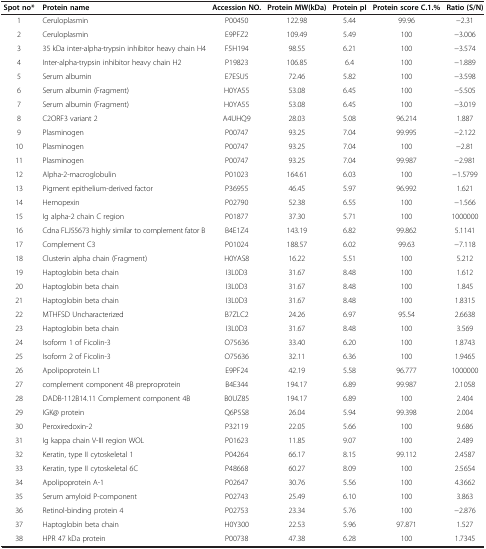
<table><thead><tr><td><b>Spot no*</b></td><td><b>Protein name</b></td><td><b>Accession NO.</b></td><td><b>Protein MW(kDa)</b></td><td><b>Protein pI</b></td><td><b>Protein score C.1.%</b></td><td><b>Ratio (S/N)</b></td></tr></thead><tbody><tr><td>1</td><td>Ceruloplasmin</td><td>P00450</td><td>122.98</td><td>5.44</td><td>99.96</td><td>-2.31</td></tr><tr><td>2</td><td>Ceruloplasmin</td><td>E9PFZ2</td><td>109.49</td><td>5.49</td><td>100</td><td>-3.006</td></tr><tr><td>3</td><td>35 kDa inter-alpha-trypsin inhibitor heavy chain H4</td><td>F5H194</td><td>98.55</td><td>6.21</td><td>100</td><td>-3.574</td></tr><tr><td>4</td><td>Inter-alpha-trypsin inhibitor heavy chain H2</td><td>P19823</td><td>106.85</td><td>6.4</td><td>100</td><td>-1.889</td></tr><tr><td>5</td><td>Serum albumin</td><td>E7ESU5</td><td>72.46</td><td>5.82</td><td>100</td><td>-3.598</td></tr><tr><td>6</td><td>Serum albumin (Fragment)</td><td>H0YA55</td><td>53.08</td><td>6.45</td><td>100</td><td>-5.505</td></tr><tr><td>7</td><td>Serum albumin (Fragment)</td><td>H0YA55</td><td>53.08</td><td>6.45</td><td>100</td><td>-3.019</td></tr><tr><td>8</td><td>C2ORF3 variant 2</td><td>A4UHQ9</td><td>28.03</td><td>5.08</td><td>96.214</td><td>1.887</td></tr><tr><td>9</td><td>Plasminogen</td><td>P00747</td><td>93.25</td><td>7.04</td><td>99.995</td><td>-2.122</td></tr><tr><td>10</td><td>Plasminogen</td><td>P00747</td><td>93.25</td><td>7.04</td><td>100</td><td>-2.81</td></tr><tr><td>11</td><td>Plasminogen</td><td>P00747</td><td>93.25</td><td>7.04</td><td>99.987</td><td>-2.981</td></tr><tr><td>12</td><td>Alpha-2-macroglobulin</td><td>P01023</td><td>164.61</td><td>6.03</td><td>100</td><td>-1.5799</td></tr><tr><td>13</td><td>Pigment epithelium-derived factor</td><td>P36955</td><td>46.45</td><td>5.97</td><td>96.992</td><td>1.621</td></tr><tr><td>14</td><td>Hemopexin</td><td>P02790</td><td>52.38</td><td>6.55</td><td>100</td><td>-1.566</td></tr><tr><td>15</td><td>Ig alpha-2 chain C region</td><td>P01877</td><td>37.30</td><td>5.71</td><td>100</td><td>1000000</td></tr><tr><td>16</td><td>Cdna FLJ55673 highly similar to complement fator B</td><td>B4E1Z4</td><td>143.19</td><td>6.82</td><td>99.862</td><td>5.1141</td></tr><tr><td>17</td><td>Complement C3</td><td>P01024</td><td>188.57</td><td>6.02</td><td>99.63</td><td>-7.118</td></tr><tr><td>18</td><td>Clusterin alpha chain (Fragment)</td><td>H0YAS8</td><td>16.22</td><td>5.51</td><td>100</td><td>5.212</td></tr><tr><td>19</td><td>Haptoglobin beta chain</td><td>I3L0D3</td><td>31.67</td><td>8.48</td><td>100</td><td>1.612</td></tr><tr><td>20</td><td>Haptoglobin beta chain</td><td>I3L0D3</td><td>31.67</td><td>8.48</td><td>100</td><td>1.845</td></tr><tr><td>21</td><td>Haptoglobin beta chain</td><td>I3L0D3</td><td>31.67</td><td>8.48</td><td>100</td><td>1.8315</td></tr><tr><td>22</td><td>MTHFSD Uncharacterized</td><td>B7ZLC2</td><td>24.26</td><td>6.97</td><td>95.54</td><td>2.6638</td></tr><tr><td>23</td><td>Haptoglobin beta chain</td><td>I3L0D3</td><td>31.67</td><td>8.48</td><td>100</td><td>3.569</td></tr><tr><td>24</td><td>Isoform 1 of Ficolin-3</td><td>O75636</td><td>33.40</td><td>6.20</td><td>100</td><td>1.8743</td></tr><tr><td>25</td><td>Isoform 2 of Ficolin-3</td><td>O75636</td><td>32.11</td><td>6.36</td><td>100</td><td>1.9465</td></tr><tr><td>26</td><td>Apolipoprotein L1</td><td>E9PF24</td><td>42.19</td><td>5.58</td><td>96.777</td><td>1000000</td></tr><tr><td>27</td><td>complement component 4B preproprotein</td><td>B4E344</td><td>194.17</td><td>6.89</td><td>99.987</td><td>2.1058</td></tr><tr><td>28</td><td>DADB-112B14.11 Complement component 4B</td><td>B0UZ85</td><td>194.17</td><td>6.89</td><td>100</td><td>2.404</td></tr><tr><td>29</td><td>IGK@ protein</td><td>Q6P5S8</td><td>26.04</td><td>5.94</td><td>99.398</td><td>2.004</td></tr><tr><td>30</td><td>Peroxiredoxin-2</td><td>P32119</td><td>22.05</td><td>5.66</td><td>100</td><td>9.686</td></tr><tr><td>31</td><td>Ig kappa chain V-III region WOL</td><td>P01623</td><td>11.85</td><td>9.07</td><td>100</td><td>2.489</td></tr><tr><td>32</td><td>Keratin, type II cytoskeletal 1</td><td>P04264</td><td>66.17</td><td>8.15</td><td>99.112</td><td>2.4587</td></tr><tr><td>33</td><td>Keratin, type II cytoskeletal 6C</td><td>P48668</td><td>60.27</td><td>8.09</td><td>100</td><td>2.5654</td></tr><tr><td>34</td><td>Apolipoprotein A-1</td><td>P02647</td><td>30.76</td><td>5.56</td><td>100</td><td>4.3662</td></tr><tr><td>35</td><td>Serum amyloid P-component</td><td>P02743</td><td>25.49</td><td>6.10</td><td>100</td><td>3.863</td></tr><tr><td>36</td><td>Retinol-binding protein 4</td><td>P02753</td><td>23.34</td><td>5.76</td><td>100</td><td>-2.876</td></tr><tr><td>37</td><td>Haptoglobin beta chain</td><td>H0Y300</td><td>22.53</td><td>5.96</td><td>97.871</td><td>1.527</td></tr><tr><td>38</td><td>HPR 47 kDa protein</td><td>P00738</td><td>47.38</td><td>6.28</td><td>100</td><td>1.7345</td></tr></tbody></table>